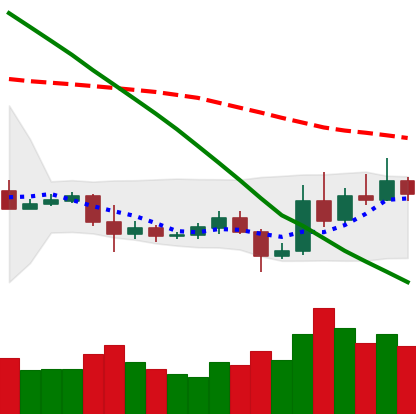
Ticker: ETC-USD
Chart end date: 2019-10-30
Forward return: 3.25%
Label: up_3_5